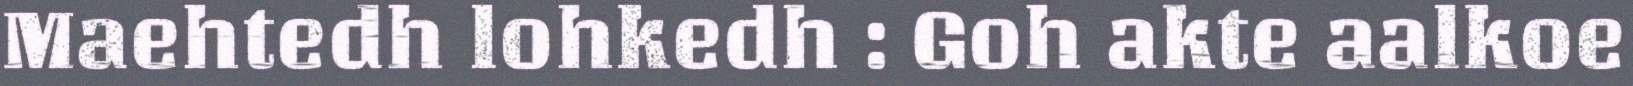
Maehtedh lohkedh : Goh akte aalkoe